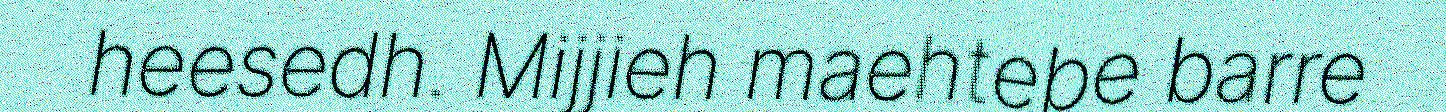
heesedh. Mijjieh maehtebe barre